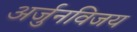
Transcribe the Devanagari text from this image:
अर्जुनविजय